Lui_Olesk, lk 30
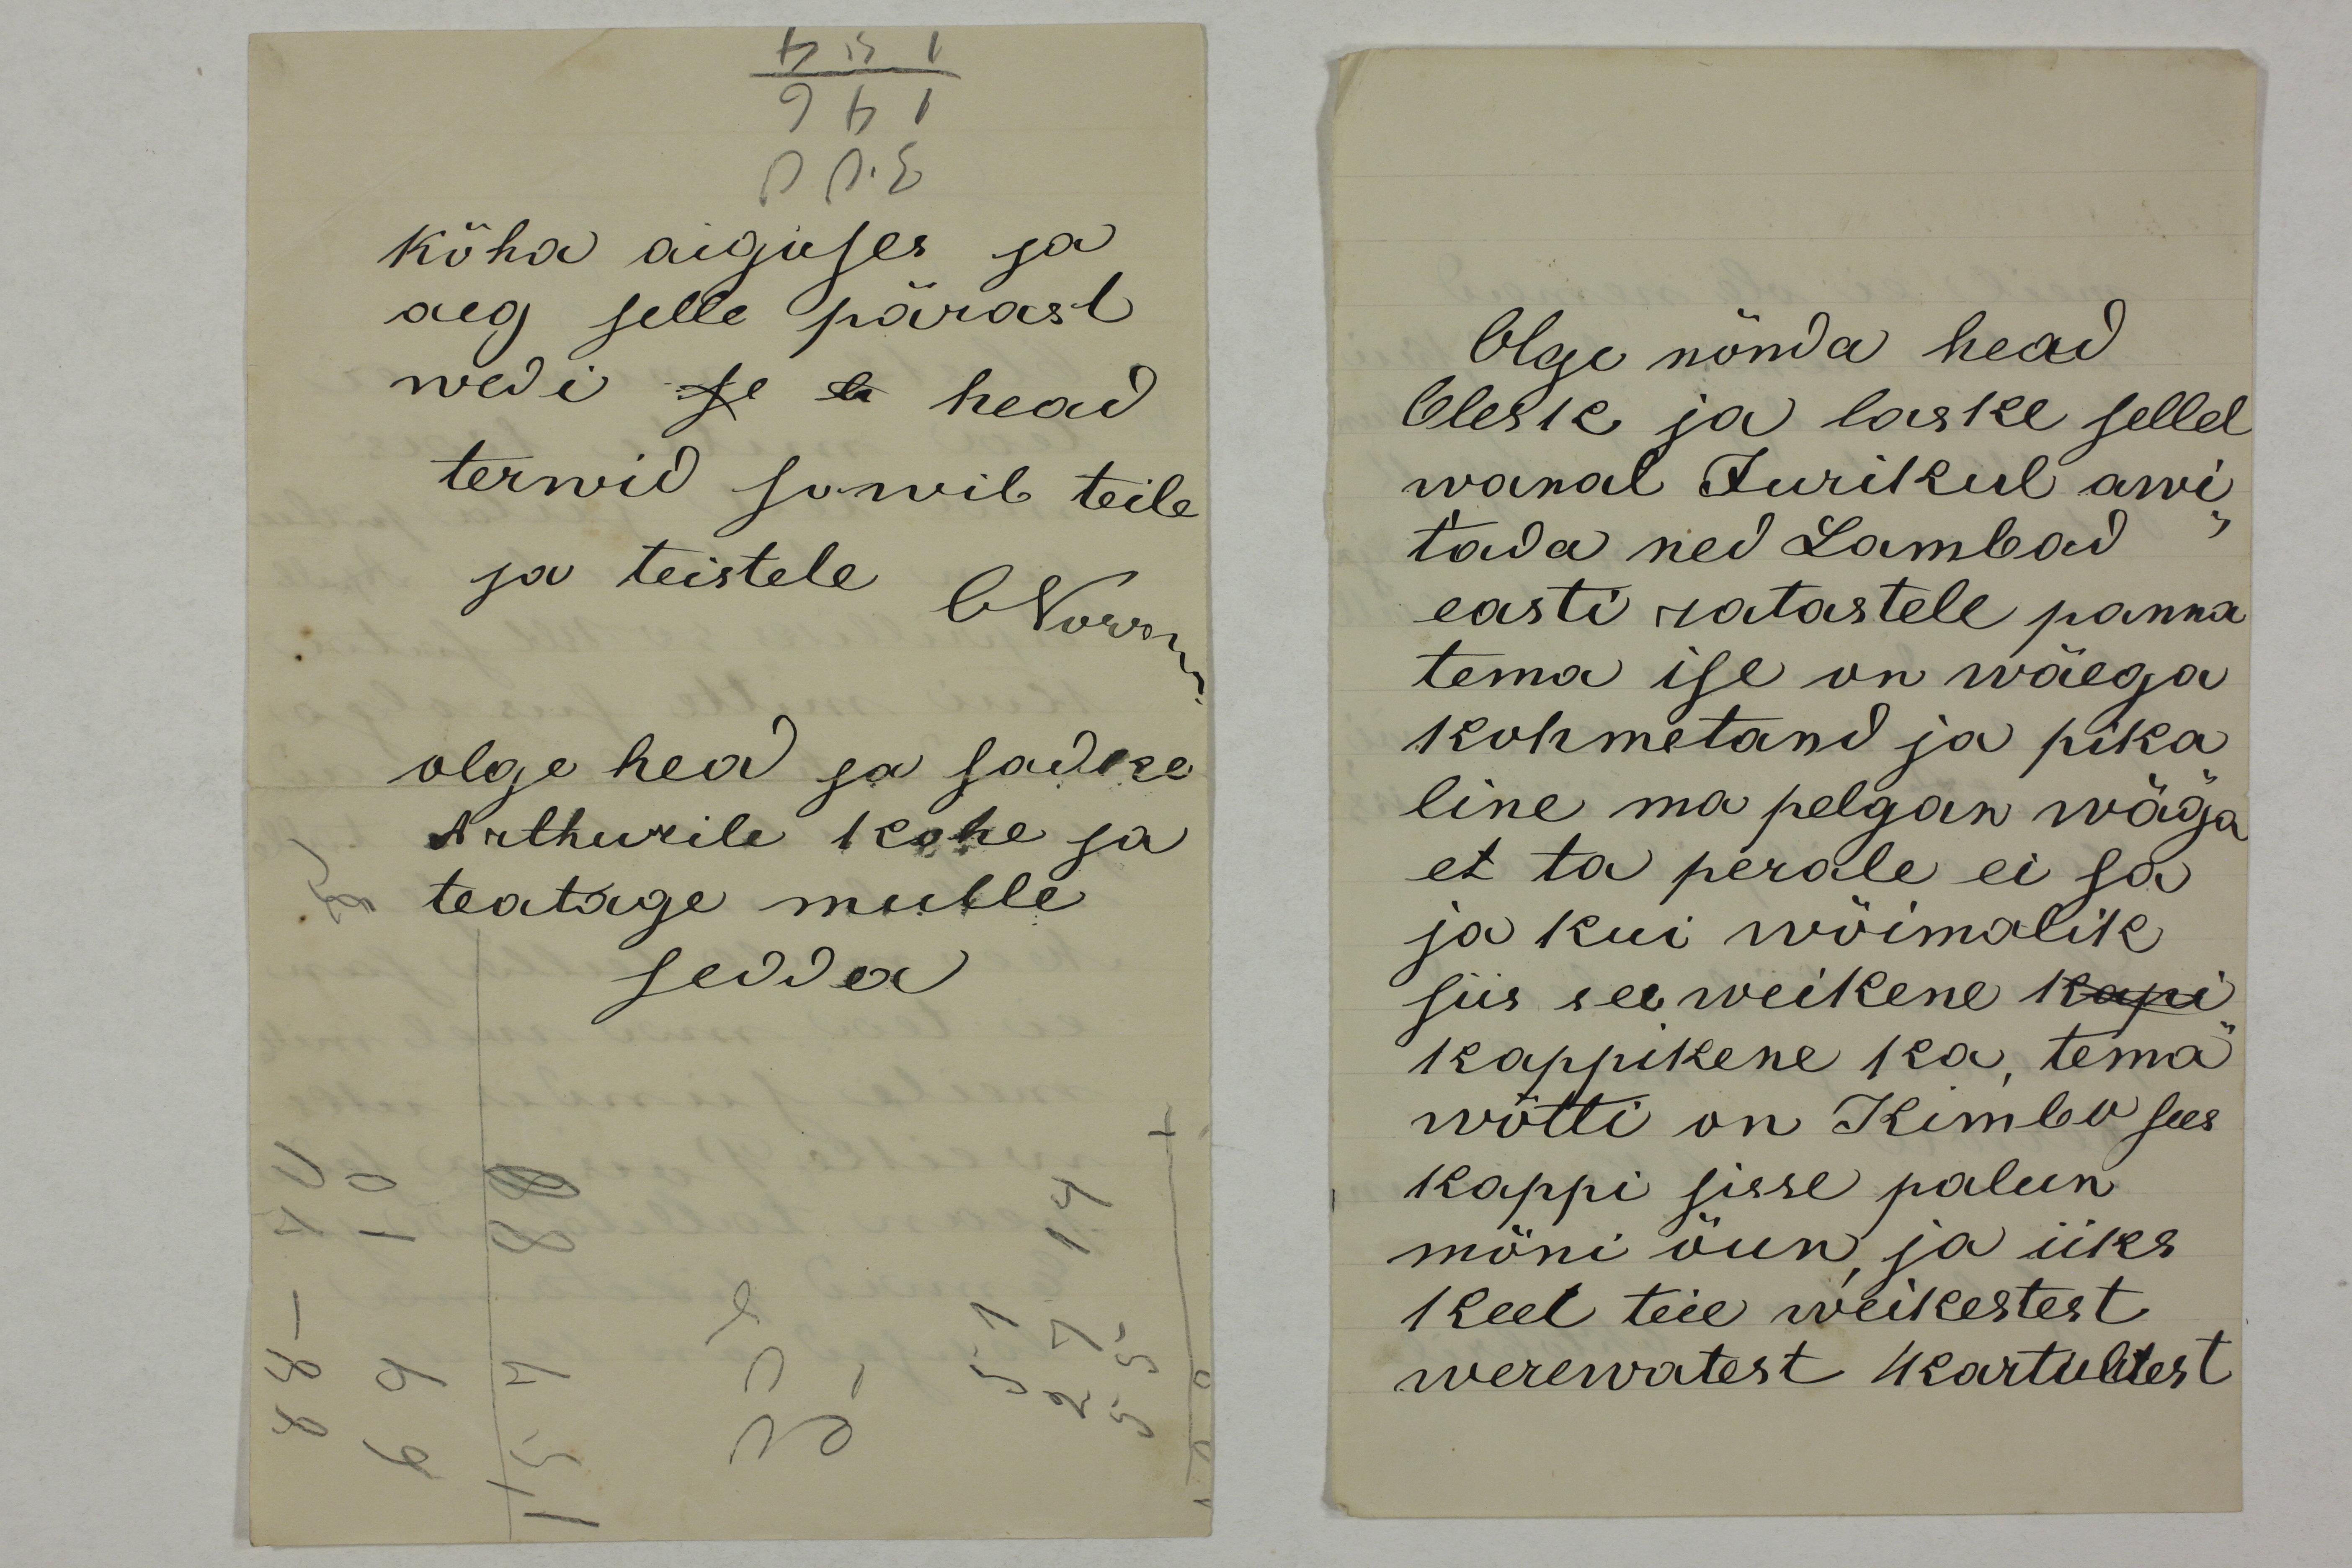
köha aiguses ja
aeg selle pärast
wedi se ta head
terwid sowib teile
ja teistele
ONorrm.
olge hea ja sadke
Arthurile kohe ja
teatage mulle
sedda

Olge nõnda head
Olesk ja laske sellel 
wanal Jurikul awi-
tada ned Lambad
easti ratastele panna
tema ise on wäega 
kohmetand ja pika-
line ma pelgan wäga
et ta perale ei sa
ja kui wõimalik 
siis see weikene kapi 
kappikene ka, tema
wõtti on Kimbo sees
kappi sisse palun
mõni õun ja üks 
keel teie weikestest
werewatest kartulitest